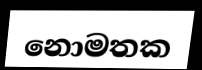
නොමතක